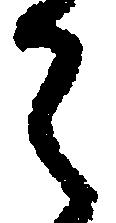
之